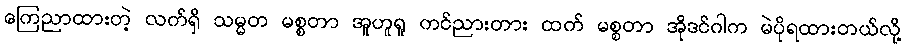
ကြေညာထားတဲ့ လက်ရှိ သမ္မတ မစ္စတာ အူဟူရူ ကင်ညားတား ထက် မစ္စတာ အိုဒင်ဂါက မဲပိုရထားတယ်လို့